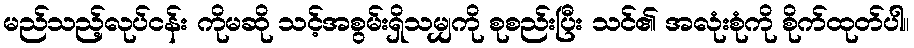
မည်သည့်လုပ်ငန်း ကိုမဆို သင့်အစွမ်းရှိသမျှကို စုစည်းပြီး သင်၏ အလုံးစုံကို စိုက်ထုတ်ပါ။